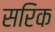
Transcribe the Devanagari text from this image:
सरिक